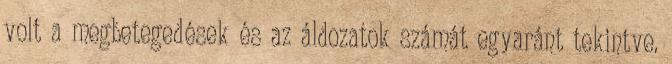
volt a megbetegedések és az áldozatok számát egyaránt tekintve.